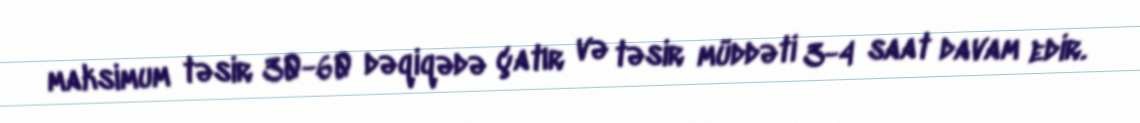
maksimum təsir 30-60 dəqiqədə çatır və təsir müddəti 3-4 saat davam edir.